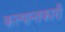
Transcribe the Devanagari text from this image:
कल्पान्तकारी